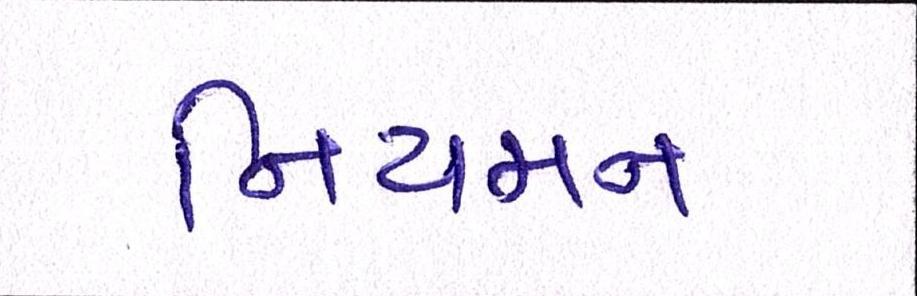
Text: નિયમન